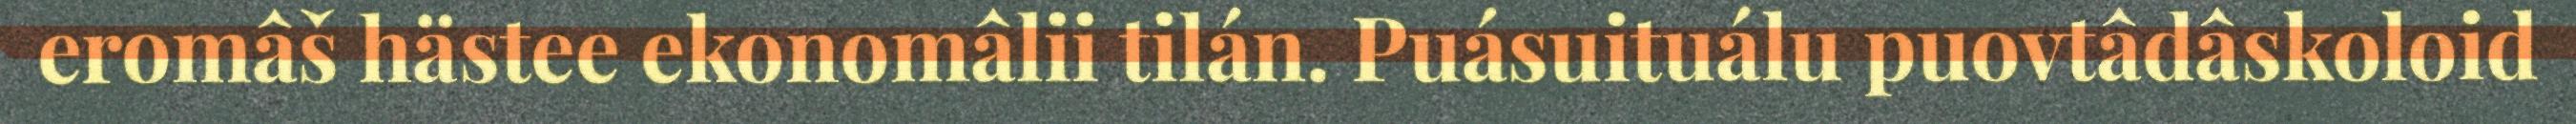
eromâš hästee ekonomâlii tilán. Puásuituálu puovtâdâskoloid